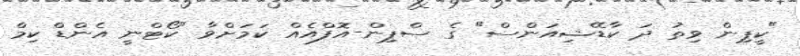
"ކީޕިން ވިތު ދަ ކާޑޭޝިއަންސް" ގެ ސްޕިން-އޮފްއެއް ކަމަށްވާ "ކޯޓްނީ އެންޑް ކިމް